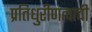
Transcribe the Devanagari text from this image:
प्रतिधुरीणत्वाची